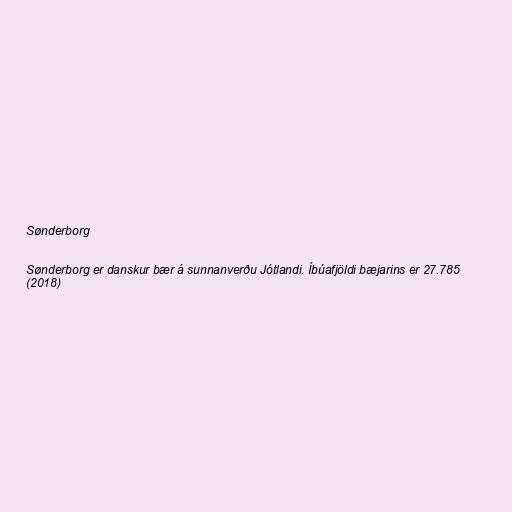
Sønderborg

Sønderborg er danskur bær á sunnanverðu Jótlandi. Íbúafjöldi bæjarins er 27.785
(2018)